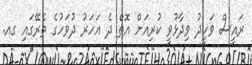
ރައީސް ވަހީދު ވިދާޅުވީ ކުރިއަށް އޮތް ދެ އަހަރު ދުވަހުގެ ތެރޭގައި ގއ.